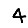
Digit: 4